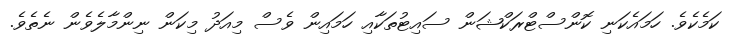
ކަމެކެވެ. ހަމައެކަނި ކޮންސްޓްރަކްޝަން ސައިޓުތަކާއި ހަމައިން ވެސް މިއަދު މިކަން ނިންމާލެވެން ނެތެވެ.